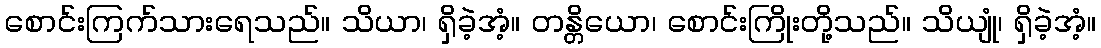
စောင်းကြက်သားရေသည်။ သိယာ၊ ရှိခဲ့အံ့။ တန္တိယော၊ စောင်းကြိုးတို့သည်။ သိယျုံ၊ ရှိခဲ့အံ့။